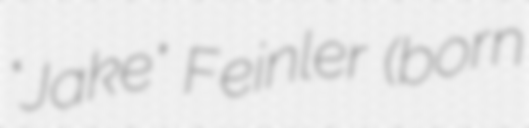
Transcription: "Jake" Feinler (born